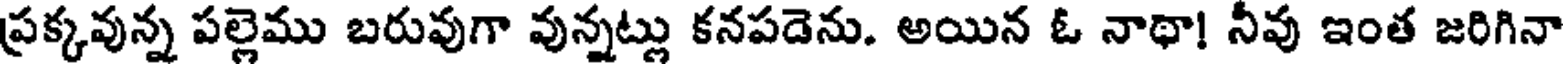
ప్రక్కవున్న పల్లెము బరువుగా వున్నట్లు కనపడెను. అయిన ఓ నాథా! నీవు ఇంత జరిగినా